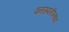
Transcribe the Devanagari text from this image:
वनस्पतीन्च्या